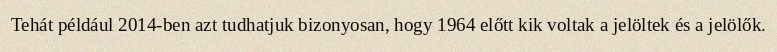
Tehát például 2014-ben azt tudhatjuk bizonyosan, hogy 1964 előtt kik voltak a jelöltek és a jelölők.